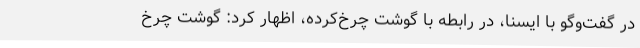
در گفت‌وگو با ایسنا، در رابطه با گوشت چرخ‌کرده، اظهار کرد: گوشت چرخ